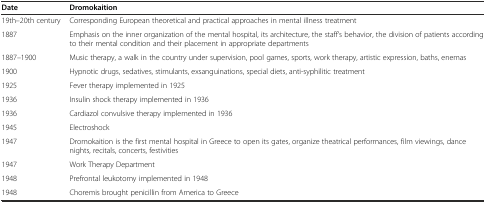
<table><thead><tr><td><b>Date</b></td><td><b>Dromokaition</b></td></tr></thead><tbody><tr><td>19th–20th century</td><td>Corresponding European theoretical and practical approaches in mental illness treatment</td></tr><tr><td>1887</td><td>Emphasis on the inner organization of the mental hospital, its architecture, the staff’s behavior, the division of patients according to their mental condition and their placement in appropriate departments</td></tr><tr><td>1887–1900</td><td>Music therapy, a walk in the country under supervision, pool games, sports, work therapy, artistic expression, baths, enemas</td></tr><tr><td>1900</td><td>Hypnotic drugs, sedatives, stimulants, exsanguinations, special diets, anti-syphilitic treatment</td></tr><tr><td>1925</td><td>Fever therapy implemented in 1925</td></tr><tr><td>1936</td><td>Insulin shock therapy implemented in 1936</td></tr><tr><td>1936</td><td>Cardiazol convulsive therapy implemented in 1936</td></tr><tr><td>1945</td><td>Electroshock</td></tr><tr><td>1947</td><td>Dromokaition is the first mental hospital in Greece to open its gates, organize theatrical performances, film viewings, dance nights, recitals, concerts, festivities</td></tr><tr><td>1947</td><td>Work Therapy Department</td></tr><tr><td>1948</td><td>Prefrontal leukotomy implemented in 1948</td></tr><tr><td>1948</td><td>Choremis brought penicillin from America to Greece</td></tr></tbody></table>